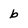
Character: b